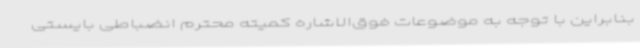
بنابراین با توجه به موضوعات فوق‌الاشاره کمیته محترم انضباطی بایستی